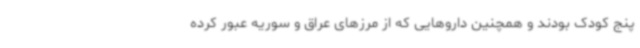
پنج کودک بودند و همچنین داروهایی که از مرزهای عراق و سوریه عبور کرده